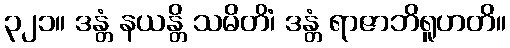
၃၂၁။ ဒန္တံ နယန္တိ သမိတိံ၊ ဒန္တံ ရာဇာဘိရူဟတိ။